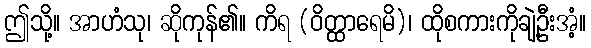
ဤသို့။ အာဟံသု၊ ဆိုကုန်၏။ ကိရ (ဝိတ္ထာရေမိ)၊ ထိုစကားကိုချဲ့ဦးအံ့။